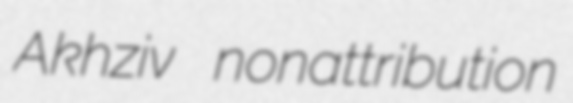
Akhziv nonattribution